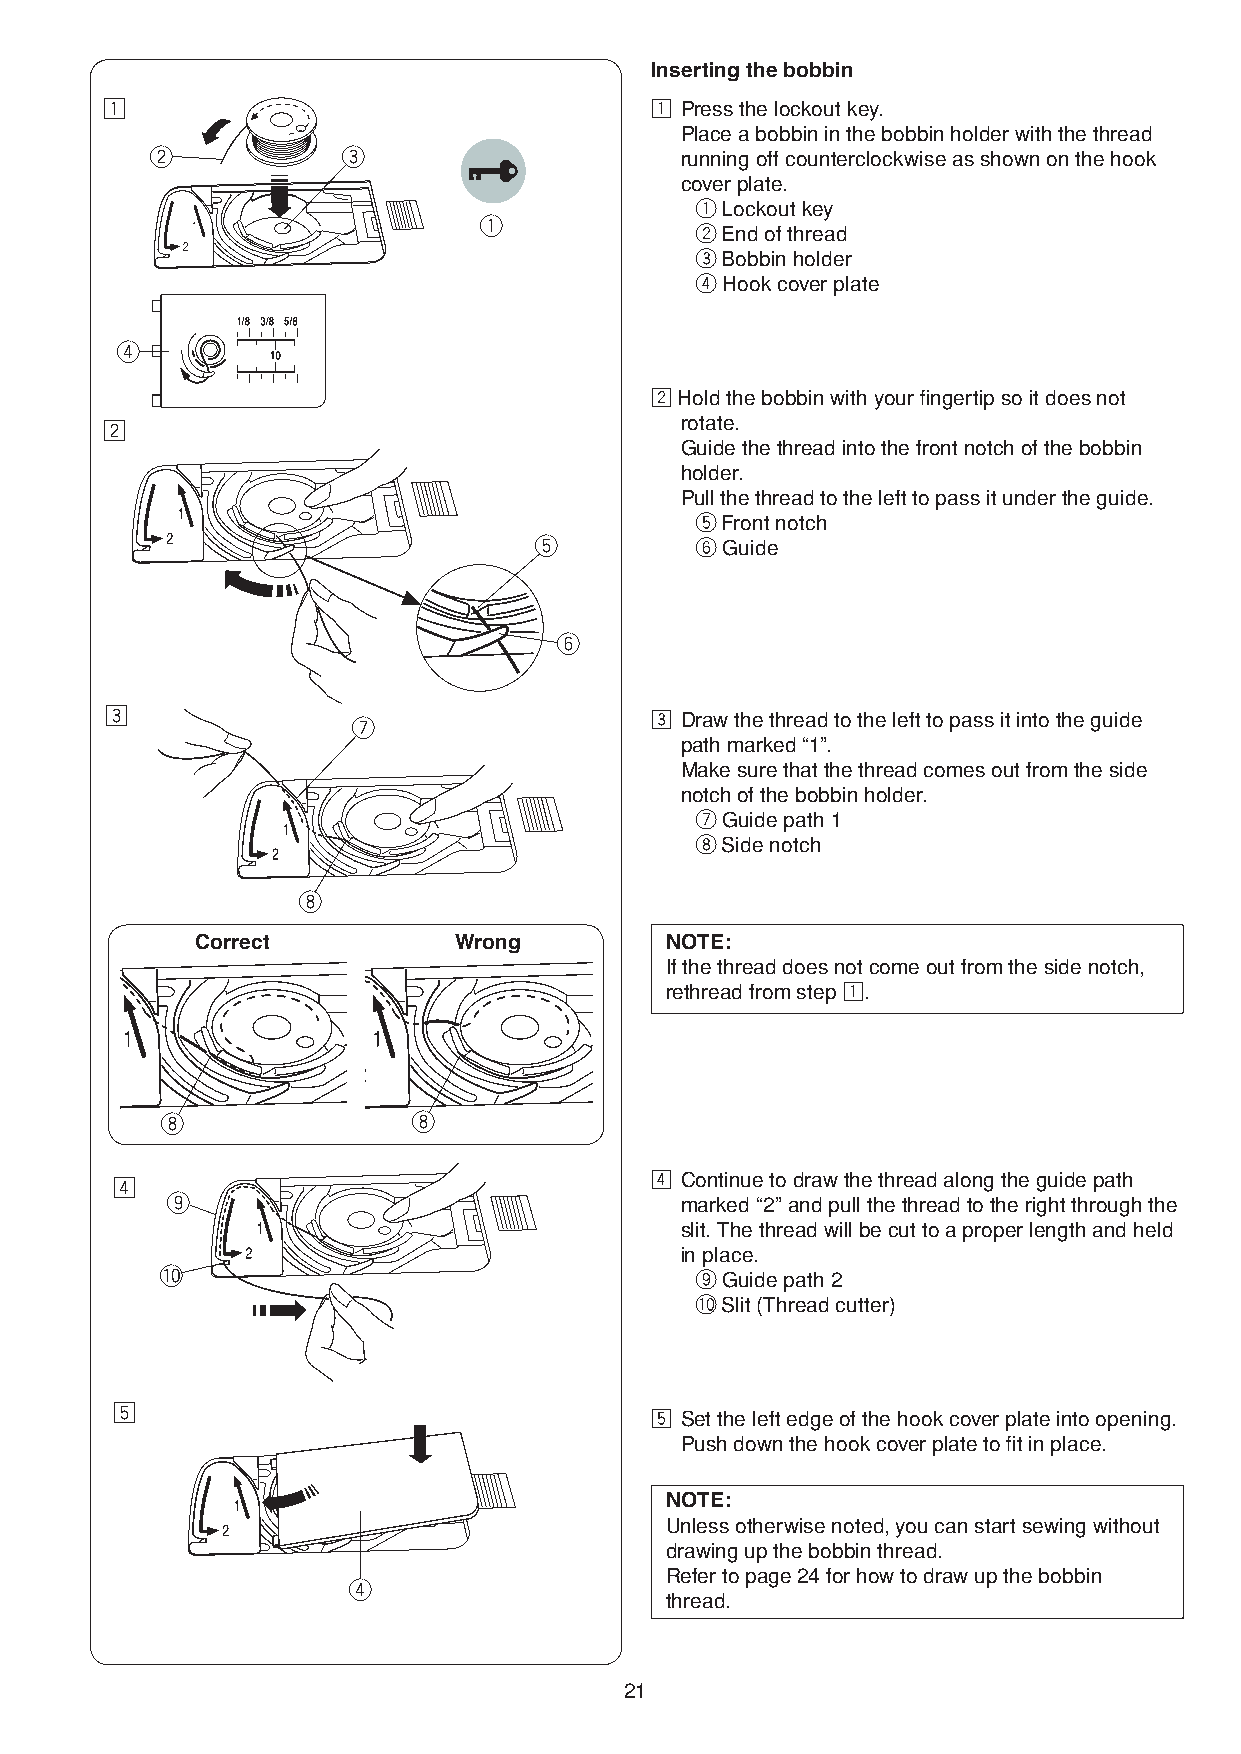
Inserting the bobbin
 z                                   z Press the lockout key.
 Place a bobbin in the bobbin holder with the thread
 w            e                     running off counterclockwise as shown on the hook
 cover plate.
 q Lockout key
 q
 w End of thread
 e Bobbin holder
 r Hook cover plate
 r
 x Hold the bobbin with your fingertip so it does not
 x                                     rotate.
 Guide the thread into the front notch of the bobbin
 holder.
 Pull the thread to the left to pass it under the guide.
 t Front notch
 t          y Guide
 y
 c               u                   c Draw the thread to the left to pass it into the guide
 path marked “1”.
 Make sure that the thread comes out from the side
 notch of the bobbin holder.
 u Guide path 1
 i Side notch
 i
 Correct          Wrong         NOTE:
 If the thread does not come out from the side notch,
 rethread from step z.
 i               i
 v                                   v Continue to draw the thread along the guide path
 o                                 marked “2” and pull the thread to the right through the
 slit. The thread will be cut to a proper length and held
 in place.
 !0                                 o Guide path 2
 !0 Slit (Thread cutter)
 b
 b Set the left edge of the hook cover plate into opening.
 Push down the hook cover plate to fit in place.
 NOTE:
 Unless otherwise noted, you can start sewing without
 drawing up the bobbin thread.
 Refer to page 24 for how to draw up the bobbin
 r
 thread.
 21